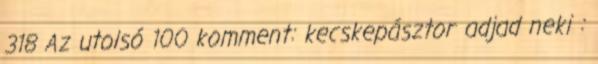
318 Az utolsó 100 komment: kecskepásztor adjad neki :